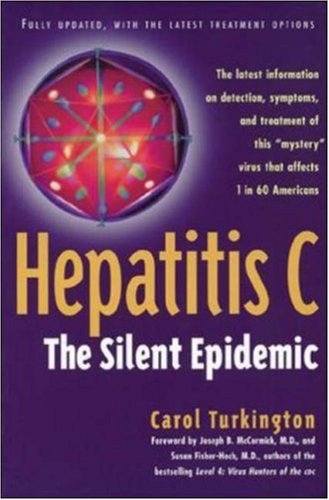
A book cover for Hepatitis C: The Silent Epidemic; Carol Turkington; Health, Fitness & Dieting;